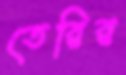
তেরির